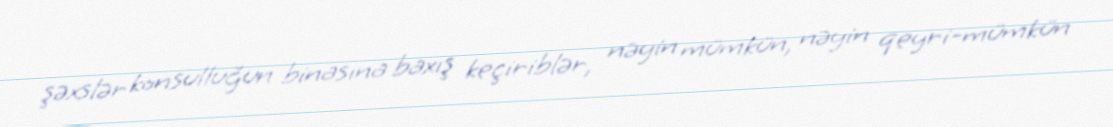
şəxslər konsulluğun binasına baxış keçiriblər, nəyin mümkün, nəyin qeyri-mümkün